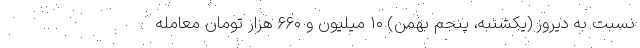
نسبت به دیروز (یکشنبه، پنجم بهمن) ۱۰ میلیون و ۶۶۰ هزار تومان معامله